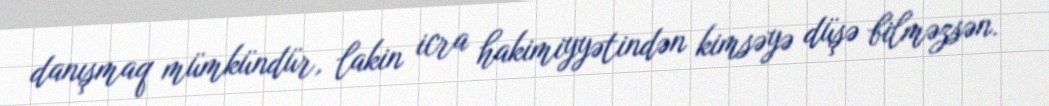
danışmaq mümkündür, lakin icra hakimiyyətindən kimsəyə düşə bilməzsən.